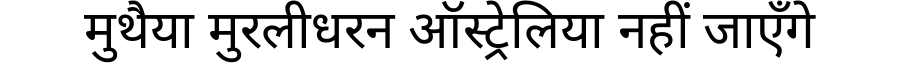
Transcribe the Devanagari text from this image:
मुथैया मुरलीधरन ऑस्ट्रेलिया नहीं जाएँगे